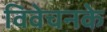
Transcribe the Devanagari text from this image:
विवेचनके